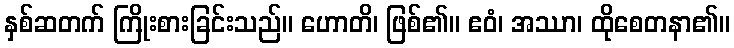
နှစ်ဆတက် ကြိုးစားခြင်းသည်။ ဟောတိ၊ ဖြစ်၏။ ဧဝံ၊ အဿာ၊ ထိုစေတနာ၏။